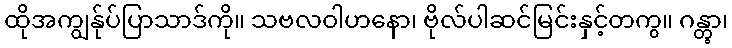
ထိုအကျွန်ုပ်ပြာသာဒ်ကို။ သဗလဝါဟနော၊ ဗိုလ်ပါဆင်မြင်းနှင့်တကွ။ ဂန္တွာ၊